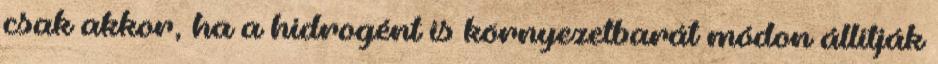
csak akkor, ha a hidrogént is környezetbarát módon állítják